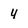
Character: 4